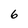
Character: 6